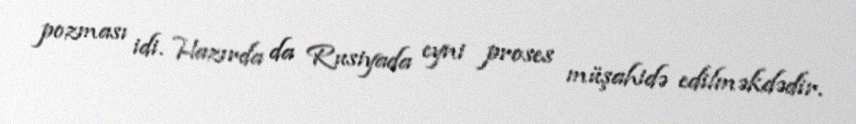
pozması idi. Hazırda da Rusiyada eyni proses müşahidə edilməkdədir.